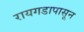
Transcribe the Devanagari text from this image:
रायगडापासून